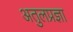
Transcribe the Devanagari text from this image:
अतुलप्रज्ञा